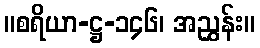
။စရိယာ-ဋ္ဌ-၁၄၆၊ အညွှန်း။